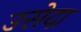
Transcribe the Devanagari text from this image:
उसेदा